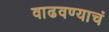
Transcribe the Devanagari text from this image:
वाढवण्याचं